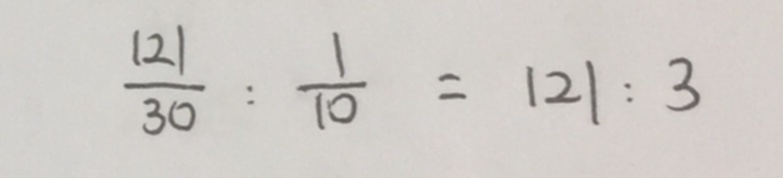
\frac { 1 2 1 } { 3 0 } : \frac { 1 } { 1 0 } = 1 2 1 : 3